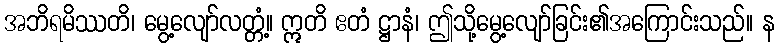
အဘိရမိဿတိ၊ မွေ့လျော်လတ္တံ့။ ဣတိ ဧတံ ဋ္ဌာနံ၊ ဤသို့မွေ့လျော်ခြင်း၏အကြောင်းသည်။ န